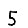
Digit: 5